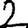
Digit: 2